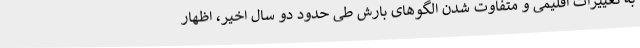
به تغییرات اقلیمی و متفاوت شدن الگوهای بارش طی حدود دو سال اخیر، اظهار